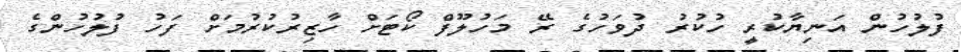
ފުލުހުން އަނިޔާކުރީ ހުކުރު ދުވަހުގެ ރޭ މަހުލޫފް ކޯޓަށް ހާޒިރުކުރުމަށް ފަހު ފުލުހުންގެ